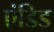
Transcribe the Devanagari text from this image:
एंडिड